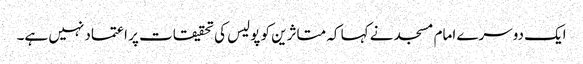
ایک دوسرے امام مسجد نے کہا کہ متاثرین کو پولیس کی تحقیقات پر اعتماد نہیں ہے۔